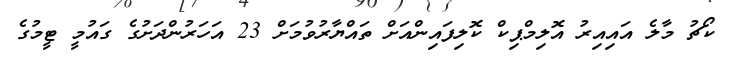
ކޯޗު މާލެ އައިއިރު އޮލިމްޕިކް ކޮލިފައިންއަށް ތައްޔާރުވުމަށް 23 އަހަރުންދަށުގެ ގައުމީ ޓީމުގެ